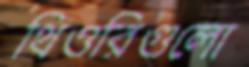
থিওরিগুলো